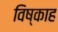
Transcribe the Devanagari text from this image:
विष्काह